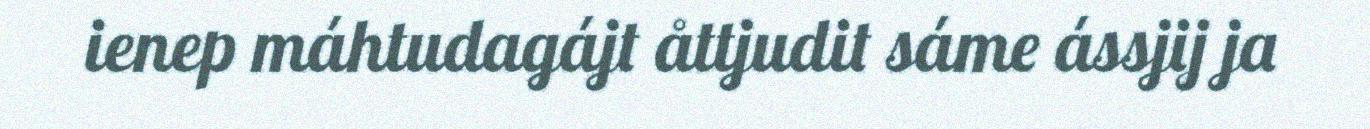
ienep máhtudagájt åttjudit sáme ássjij ja